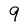
Character: 9